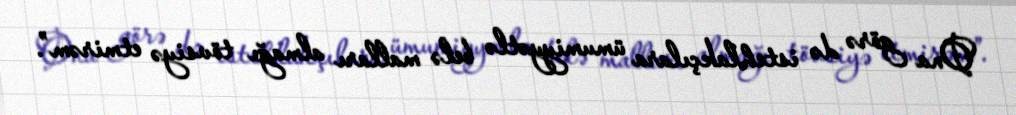
Ona görə də istehlakçılara ümumiyyətlə belə malları almağı tövsiyə etmirəm”.